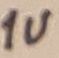
Text: 1u